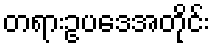
တရားဥပဒေအတိုင်း